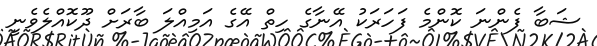
ޝަބާ ފެންނަ ކޮންމެ ފަހަރަކު އޭނާގެ ހިތް އޭގެ އަމިއްލަ ބާރަށް ދޫކޮއްލެވެނީ